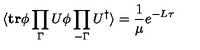
\langle \mathrm { \bf t r } \phi \prod _ { \Gamma } U \phi \prod _ { - \Gamma } U ^ { \dagger } \rangle = { \frac { 1 } { \mu } } e ^ { - L \tau }